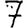
Digit: 7